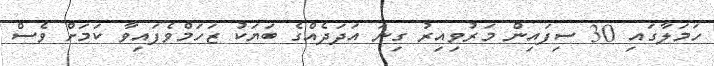
ހަމަލާގައި 30 ސިފައިން މަރުވިއިރު ގިނަ އަދަދެއްގެ ބަޔަކު ޒަހަމްވެފައިވާ ކަމަށް ވެސް